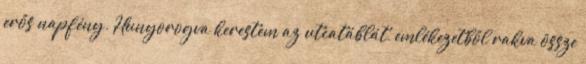
erős napfény. Hunyorogva kerestem az utcatáblát, emlékezetből rakva össze